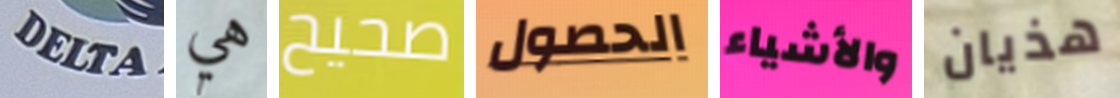
DELTA هي صحيح الحصول والأشياء هذيان